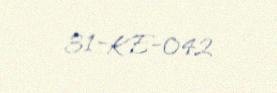
31-KE-042